Indian journal of veterinary science and animal husbandry - Volumes 24-25, 1954-1955
Year: 1954
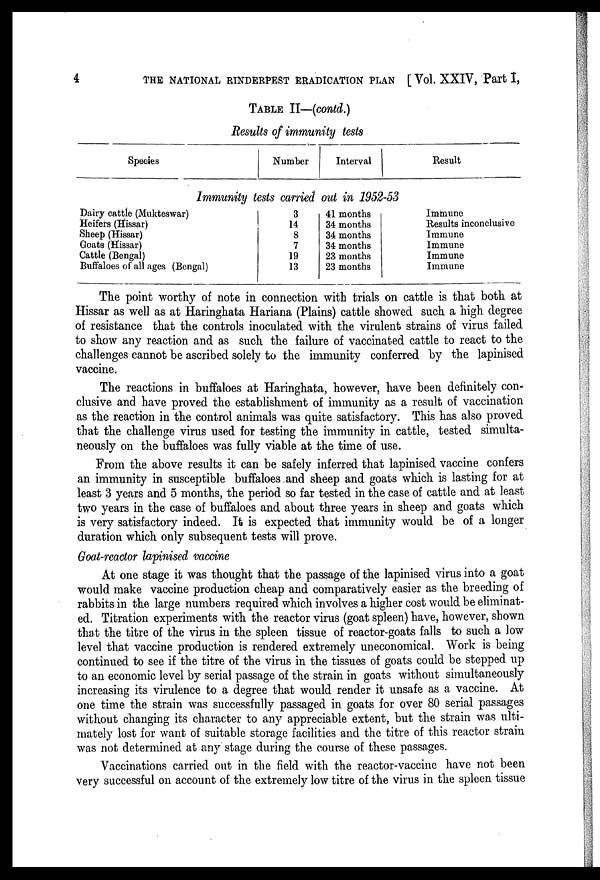
4
THE NATIONAL RINDERPEST ERADICATION PLAN [Vol. XXIV, Part I,
TABLE II—(contd.)
Results of immunity tests
Species
Number
Interval
Result
Immunity tests carried out in 1952-53
Dairy cattle (Mukteswar)
Heifers (Hissar)
Sheep (Hissar)
Goats (Hissar)
Cattle (Bengal)
Buffaloes of all ages (Bengal)
3
14
8
7
19
13
41 months
34 months
34 months
34 months
23 months
23 months
Immune
Results inconclusive
Immune
Immune
Immune
Immune
The point worthy of note in connection with trials on cattle is that both at
Hissar as well as at Haringhata Hariana (Plains) cattle showed such a high degree
of resistance that the controls inoculated with the virulent strains of virus failed
to show any reaction and as such the failure of vaccinated cattle to react to the
challenges cannot be ascribed solely to the immunity conferred by the lapinised
vaccine.
The reactions in buffaloes at Haringhata, however, have been definitely con-
clusive and have proved the establishment of immunity as a result of vaccination
as the reaction in the control animals was quite satisfactory. This has also proved
that the challenge virus used for testing the immunity in cattle, tested simulta-
neously on the buffaloes was fully viable at the time of use.
From the above results it can be safely inferred that lapinised vaccine confers
an immunity in susceptible buffaloes and sheep and goats which is lasting for at
least 3 years and 5 months, the period so far tested in the case of cattle and at least
two years in the case of buffaloes and about three years in sheep and goats which
is very satisfactory indeed. It is expected that immunity would be of a longer
duration which only subsequent tests will prove.
Goat-reactor lapinised vaccine
At one stage it was thought that the passage of the lapinised virus into a goat
would make vaccine production cheap and comparatively easier as the breeding of
rabbits in the large numbers required which involves a higher cost would be eliminat-
ed. Titration experiments with the reactor virus (goat spleen) have, however, shown
that the titre of the virus in the spleen tissue of reactor-goats falls to such a low
level that vaccine production is rendered extremely uneconomical. Work is being
continued to see if the titre of the virus in the tissues of goats could be stepped up
to an economic level by serial passage of the strain in goats without simultaneously
increasing its virulence to a degree that would render it unsafe as a vaccine. At
one time the strain was successfully passaged in goats for over 80 serial passages
without changing its character to any appreciable extent, but the strain was ulti-
mately lost for want of suitable storage facilities and the titre of this reactor strain
was not determined at any stage during the course of these passages.
Vaccinations carried out in the field with the reactor-vaccine have not been
very successful on account of the extremely low titre of the virus in the spleen tissue